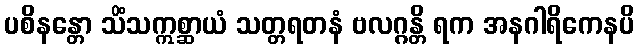
ပစိနန္တော သိံသဣစ္ဆာယံ သတ္တရတနံ ဗလဂ္ဂန္တိ ရက အနဂါရိကေနပိ